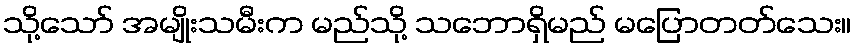
သို့သော် အမျိုးသမီးက မည်သို့ သဘောရှိမည် မပြောတတ်သေး။